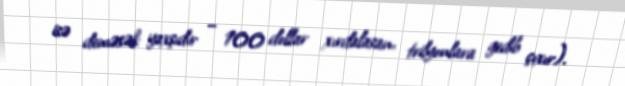
isə deməsək yaxşıdır – 100 dollar xırdalasan, trilyonlara gedib çıxır).